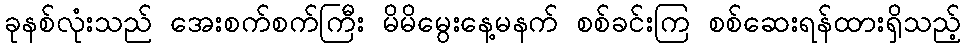
ခုနစ်လုံးသည် အေးစက်စက်ကြီး မိမိမွေးနေ့မနက် စစ်ခင်းကြ စစ်ဆေးရန်ထားရှိသည့်